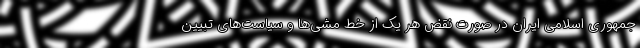
جمهوری اسلامی ایران در صورت نقض هر یک از خط مشی‌ها و سیاست‌های تبیین